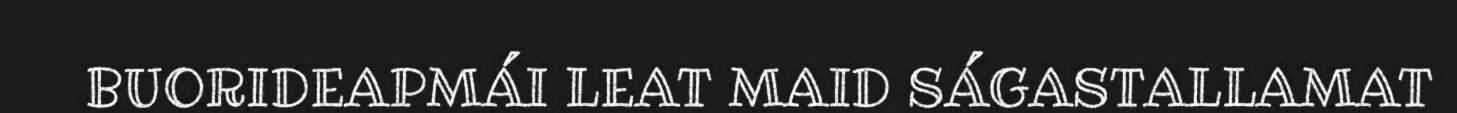
BUORIDEAPMÁI LEAT MAID SÁGASTALLAMAT